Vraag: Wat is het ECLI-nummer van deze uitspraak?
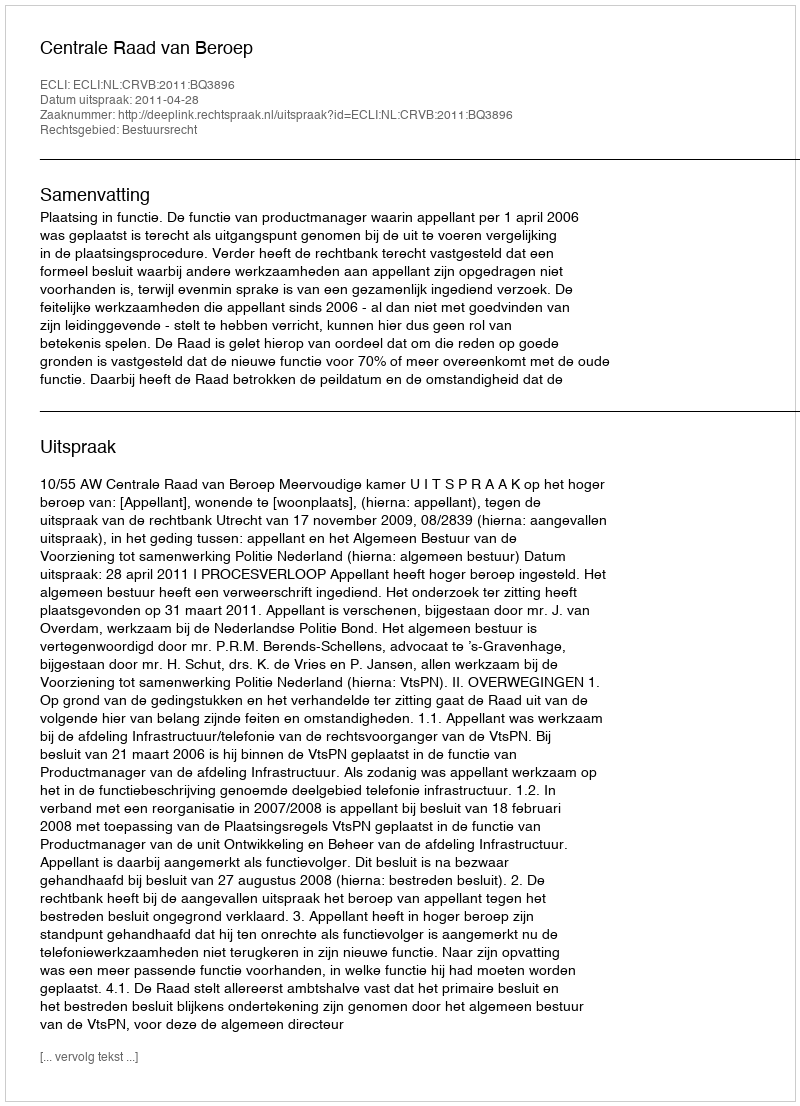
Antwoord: ECLI:NL:CRVB:2011:BQ3896